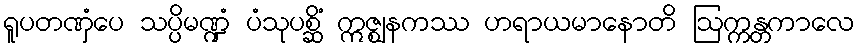
ရူပတဏှံပေ သပ္ပိမဏ္ဍံ ပံသုပစ္ဆိံ ဣဇ္ဈနကဿ ဟရာယမာနောတိ ဩက္ကန္တကာလေ